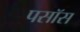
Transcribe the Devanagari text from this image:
पसॉस